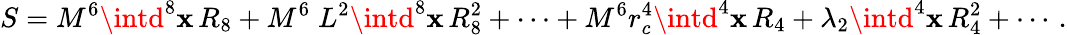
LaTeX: S=M^{6}\intd^{8}\mathbf{x}\, R_{8}+M^{6}\; L^{2}\intd^{8}\mathbf{x}\, R_{8}^{2}+\cdots+M^{6}r_{c}^{4}\intd^{4}\mathbf{x}\, R_{4}+\lambda_{2}\intd^{4}\mathbf{x}\, R_{4}^{2}+\cdots\, .